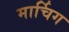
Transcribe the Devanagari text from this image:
मार्चिग